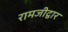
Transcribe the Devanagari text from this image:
रामजीद्वार